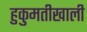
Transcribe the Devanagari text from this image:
हुकुमतीखाली